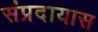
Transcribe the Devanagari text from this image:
संप्रदायास